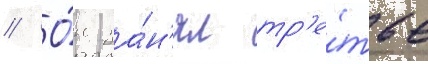
// О́н за́н'ял тр'е́тье